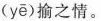
( yē )揄之情。